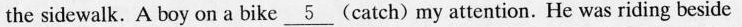
the sidewalk. A boy on a bike \underline{5} (catch)my attention. He was riding beside